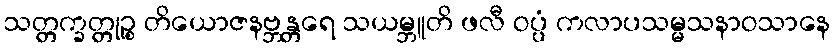
သတ္တက္ခတ္တုဉ္စ တိယောဇနဗ္ဘန္တရေ သယမ္ဘူတိ ဖလီ ဝပ္ပံ ကလာပသမ္မသနာဝသာနေ